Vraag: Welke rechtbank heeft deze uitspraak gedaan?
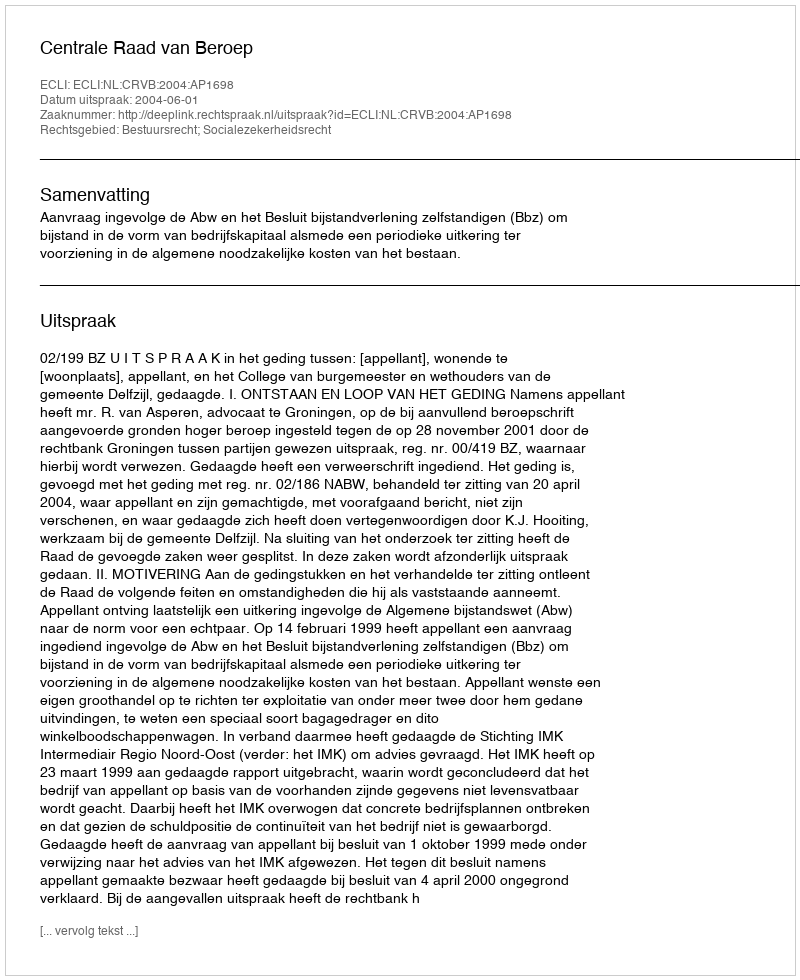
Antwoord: Centrale Raad van Beroep